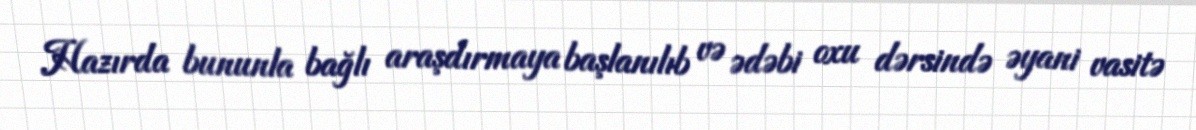
Hazırda bununla bağlı araşdırmaya başlanılıb və ədəbi oxu dərsində əyani vasitə